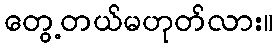
တွေ့တယ်မဟုတ်လား။